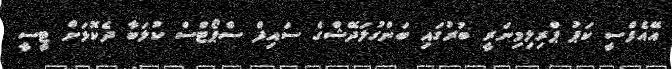
އޭއެފްސީ ކަޕު ޕްރިލިމިނަރީ ބުރުގައި ބަންގުލަދޭޝްގެ ސައިފް ސްޕޯޓްސް ކުލަބާ ދެކޮޅަށް ޓީސީ